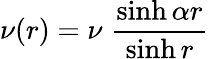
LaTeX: \nu(r)=\nu\; \frac{\sinh\alpha r}{\sinh r}